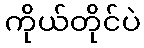
ကိုယ်တိုင်ပဲ